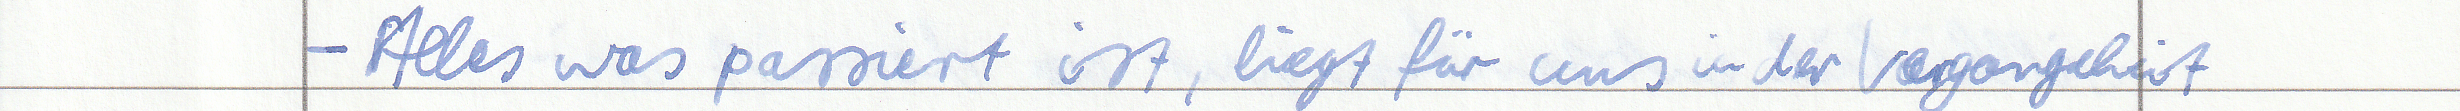
- Alles was passiert ist, liegt für uns in der Vergangenheit